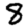
Digit: 8